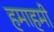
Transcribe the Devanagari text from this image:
हमाहमी